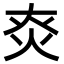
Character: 㶫